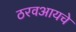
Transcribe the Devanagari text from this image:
ठरवआयचे